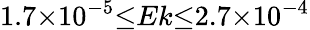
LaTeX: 1.7{\times}10^{-5}{\le}Ek{\le}2.7{\times}10^{-4}